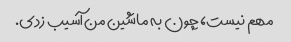
مهم نیست، چون به ماشین من آسیب زدی.